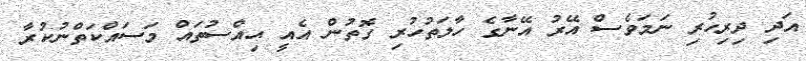
އަދި ދިރިހުރި ނަމަވެސް އޭރު އޭނާގެ ހާލަތުހުރި ގޮތުން އެއީ ޙިއްސުތައް މަސައްކަތްނުކުރާ